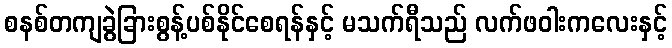
စနစ်တကျခွဲခြားစွန့်ပစ်နိုင်စေရန်နှင့် မသက်ရီသည် လက်ဖဝါးကလေးနှင့်